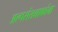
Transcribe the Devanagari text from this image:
अल्पसंख्याकांना